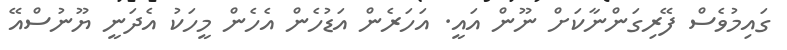
ގައިމުވެސް ފޭރިގަންނާކަށް ނޫން އައީ. އަހަރެން އަޑުހެން އެހެން މީހަކު އެދަނީ ޔޫނުސްއޭ